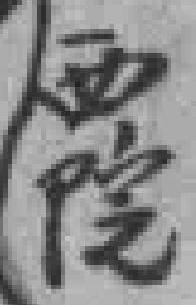
西院